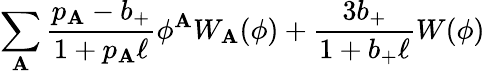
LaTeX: \sum_{\mathbf{A}}{\frac{{p_{\mathbf{A}}-b_{+}}}{{1+p_{\mathbf{A}}\ell}}}\phi^{\mathbf{A}}W_{\mathbf{A}}(\phi)+{\frac{{3b_{+}}}{{1+b_{+}\ell}}}W(\phi)